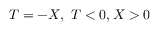
T = - X , \ T < 0 , X > 0